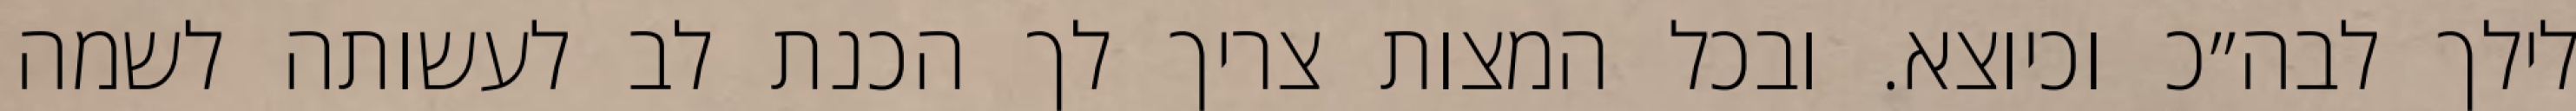
לילך לבה״כ וכיוצא. ובכל המצות צריך לך הכנת לב לעשותה לשמה